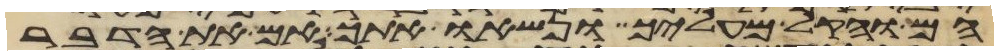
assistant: הם והקל מעליך ונשאו אתך אם את הדבר